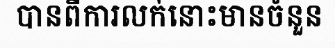
បានពីការលក់នោះមានចំនួន